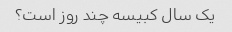
یک سال کبیسه چند روز است؟